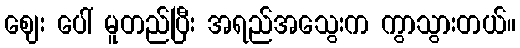
ဈေး ပေါ် မူတည်ပြီး အရည်အသွေးက ကွာသွားတယ်။